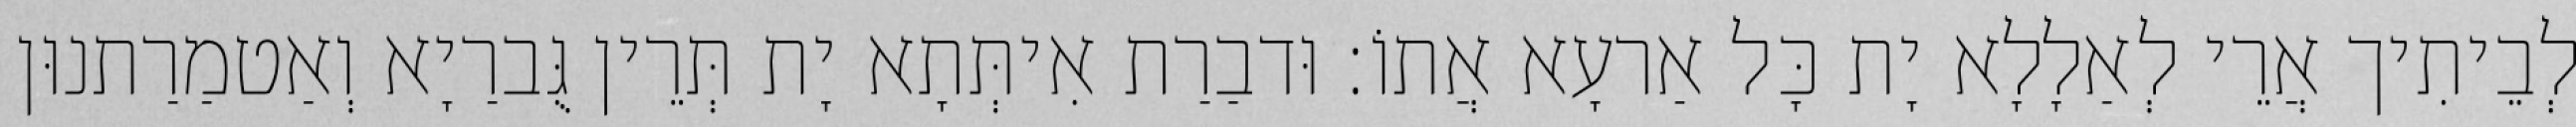
לְבֵיתִיך אֲרֵי לְאַלָלָא יָת כָּל אַרעָא אֲתוֹ׃ וּדבַרַת אִיתְּתָא יָת תְּרֵין גֻּברַיָא וְאַטמַרַתנוּן